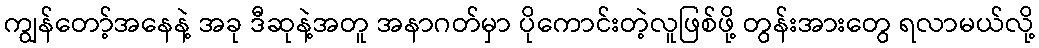
ကျွန်တော့်အနေနဲ့ အခု ဒီဆုနဲ့အတူ အနာဂတ်မှာ ပိုကောင်းတဲ့လူဖြစ်ဖို့ တွန်းအားတွေ ရလာမယ်လို့